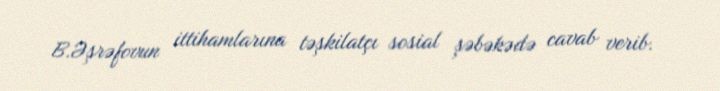
B.Əşrəfovun ittihamlarına təşkilatçı sosial şəbəkədə cavab verib.